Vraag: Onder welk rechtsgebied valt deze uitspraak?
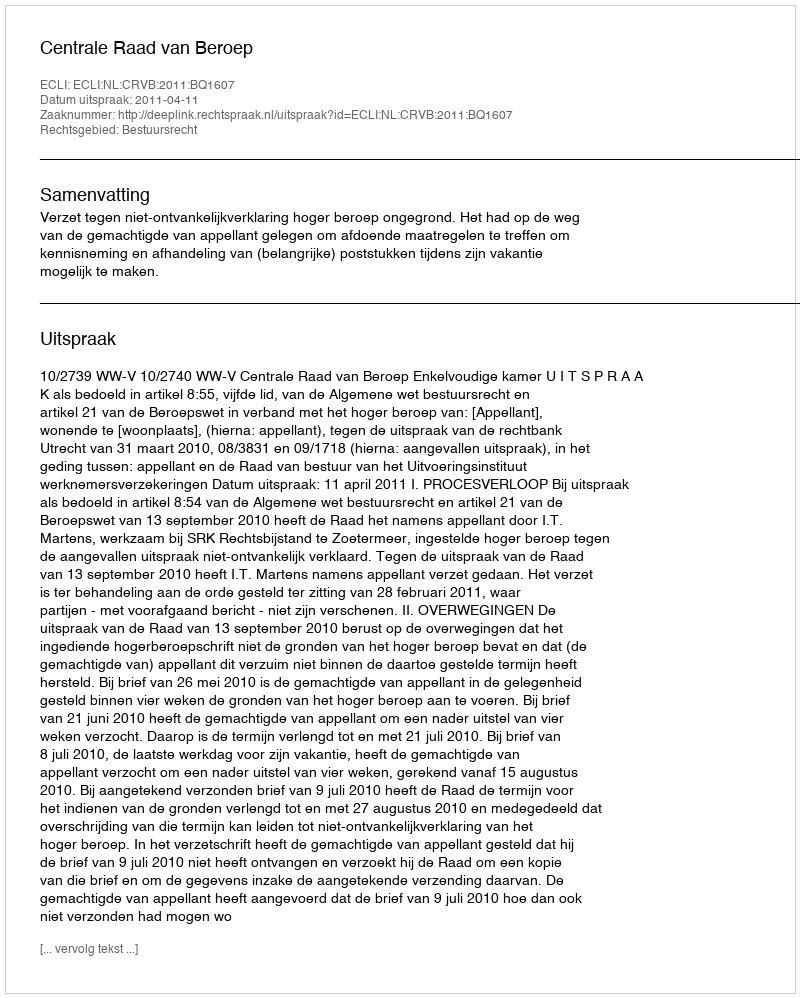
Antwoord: Bestuursrecht